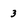
Character: 3